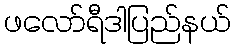
ဖလော်ရီဒါပြည်နယ်